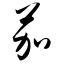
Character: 茄